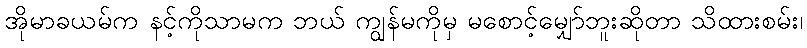
အိုမာခယမ်က နင့်ကိုသာမက ဘယ် ကျွန်မကိုမှ မစောင့်မျှော်ဘူးဆိုတာ သိထားစမ်း၊